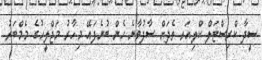
ސީދާ ކްރިސްޓަލް ކްލިއަރ ތެދަށް ސާފުވާނެ ހެން ބުނެފައޭ މިހާރު މަޖްލީހުގެ މެމްބަރު